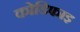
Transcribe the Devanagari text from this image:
कोडिफाइ